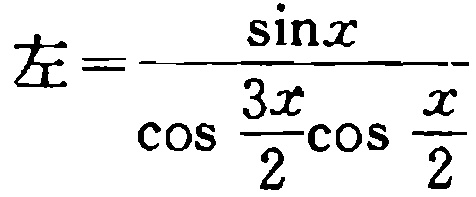
\(左=\frac{\sin x}{\cos \frac{3x}{2}\cos \frac{x}{2}}\)